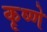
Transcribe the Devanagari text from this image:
कृष्णे